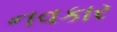
નવકાર